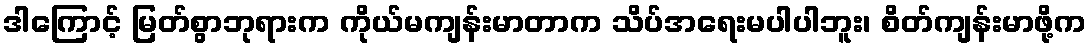
ဒါကြောင့် မြတ်စွာဘုရားက ကိုယ်မကျန်းမာတာက သိပ်အရေးမပါပါဘူး၊ စိတ်ကျန်းမာဖို့က